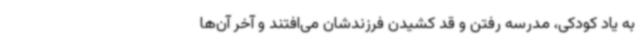
به یاد کودکی، مدرسه رفتن و قد کشیدن فرزندشان می‌افتند و آخر آن‌ها